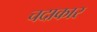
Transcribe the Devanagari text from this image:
चदाकार